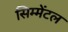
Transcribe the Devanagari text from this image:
सिम्मेंटल